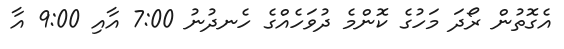
އެގޮތުން ރޯދަ މަހުގެ ކޮންމެ ދުވަހެއްގެ ހެނދުނު 7:00 އާއި 9:00 އާ